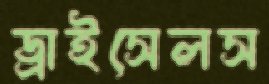
ড্রাইসেলস